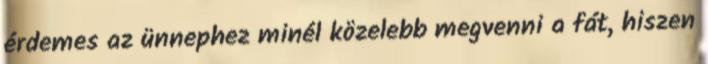
érdemes az ünnephez minél közelebb megvenni a fát, hiszen